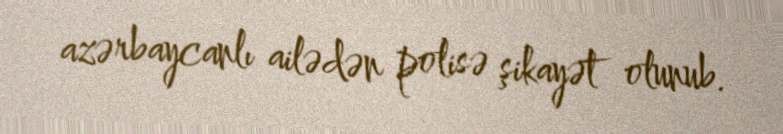
azərbaycanlı ailədən polisə şikayət olunub.